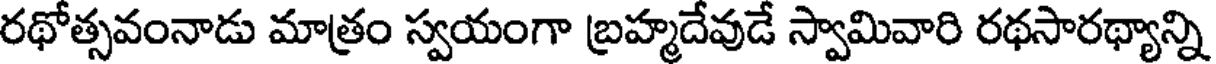
రథోత్సవంనాడు మాత్రం స్వయంగా బ్రహ్మదేవుడే స్వామివారి రథసారథ్యాన్ని